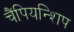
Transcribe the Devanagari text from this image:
चैंपियन्शिप